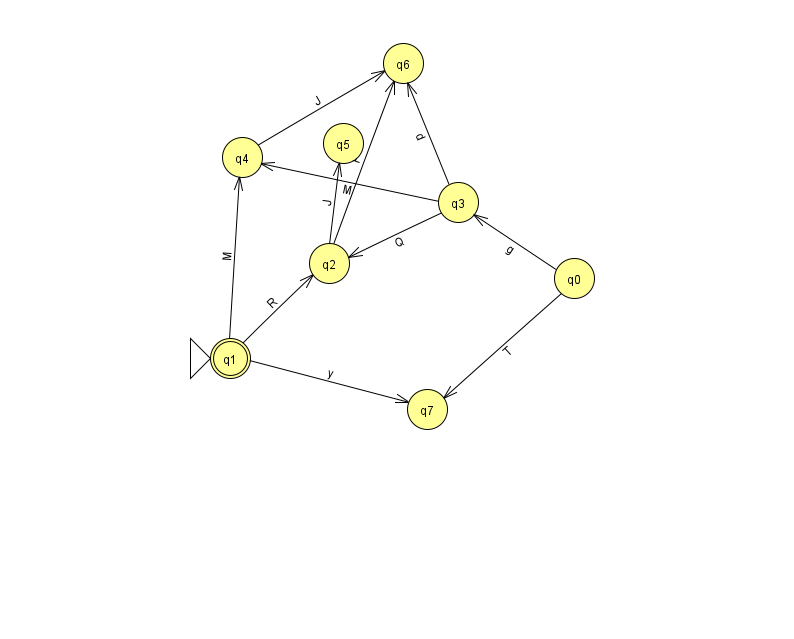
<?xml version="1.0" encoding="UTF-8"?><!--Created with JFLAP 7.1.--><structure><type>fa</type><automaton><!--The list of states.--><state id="0" name="q0"><x>574.0</x><y>265.0</y></state><state id="1" name="q1"><x>230.0</x><y>345.0</y><initial/><final/></state><state id="2" name="q2"><x>329.0</x><y>250.0</y></state><state id="3" name="q3"><x>458.0</x><y>189.0</y></state><state id="4" name="q4"><x>242.0</x><y>144.0</y></state><state id="5" name="q5"><x>343.0</x><y>130.0</y></state><state id="6" name="q6"><x>403.0</x><y>50.0</y></state><state id="7" name="q7"><x>427.0</x><y>396.0</y></state><!--The list of transitions.--><transition><from>0</from><to>3</to><read>g</read></transition><transition><from>1</from><to>4</to><read>M</read></transition><transition><from>1</from><to>2</to><read>R</read></transition><transition><from>3</from><to>2</to><read>Q</read></transition><transition><from>0</from><to>7</to><read>T</read></transition><transition><from>3</from><to>4</to><read>M</read></transition><transition><from>1</from><to>7</to><read>y</read></transition><transition><from>2</from><to>6</to><read>F</read></transition><transition><from>2</from><to>5</to><read>J</read></transition><transition><from>4</from><to>6</to><read>J</read></transition><transition><from>3</from><to>6</to><read>d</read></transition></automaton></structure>